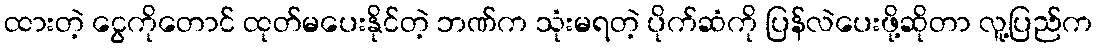
ထားတဲ့ ငွေကိုတောင် ထုတ်မပေးနိုင်တဲ့ ဘဏ်က သုံးမရတဲ့ ပိုက်ဆံကို ပြန်လဲပေးဖို့ဆိုတာ လူ့ပြည်က